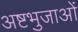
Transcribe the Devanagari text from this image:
अष्टभुजाओं